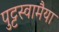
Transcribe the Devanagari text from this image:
पुट्टस्वामैया